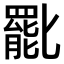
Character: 𠤩